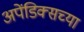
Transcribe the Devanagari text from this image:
अपेंडिक्सच्या